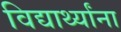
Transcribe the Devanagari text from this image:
विद्यार्थ्‍यांना